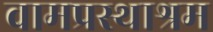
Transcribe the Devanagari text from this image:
वामप्रस्थाश्रम